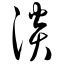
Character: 淡